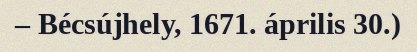
– Bécsújhely, 1671. április 30.)